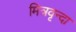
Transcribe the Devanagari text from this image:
मित्रवृन्दा